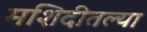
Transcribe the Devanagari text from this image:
मशिदीतल्या